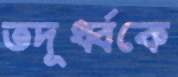
তদূর্ধ্বকে